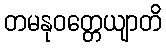
တမနုဝတ္တေယျာတိ